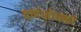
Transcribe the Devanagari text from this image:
वर्णशोधकों